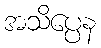
အသိပ္ပေန